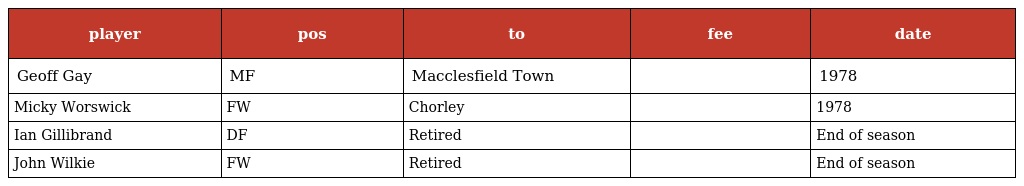
| player | pos | to | fee | date |
 | --- | --- | --- | --- | --- |
 | Geoff Gay | MF | Macclesfield Town |  | 1978 |
 | Micky Worswick | FW | Chorley |  | 1978 |
 | Ian Gillibrand | DF | Retired |  | End of season |
 | John Wilkie | FW | Retired |  | End of season |